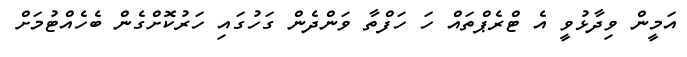
އަމީން ވިދާޅުވީ އެ ޓްރެޕްތައް ހަ ހަފްތާ ވަންދެން ގަހުގައި ހަރުކޮށްގެން ބެހެއްޓުމަށް